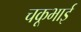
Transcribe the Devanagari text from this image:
चकूभाई